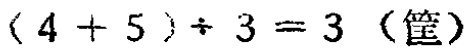
\((4 + 5) \div 3 = 3 \ (\text{筐})\)